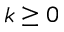
k \ge 0